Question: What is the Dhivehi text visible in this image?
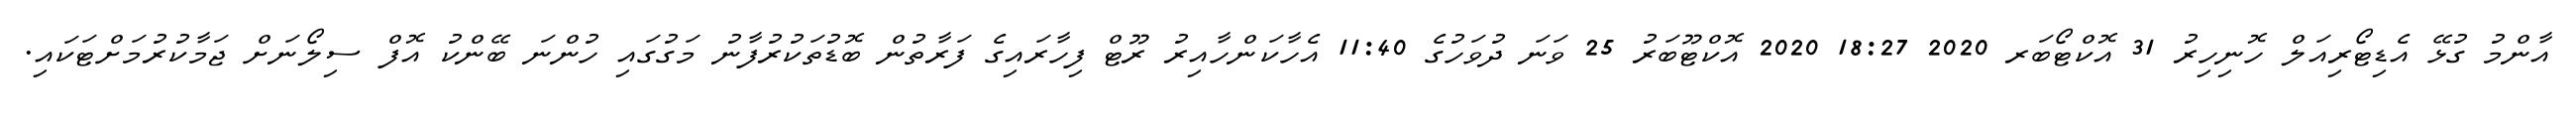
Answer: އާންމު ގުޅޭ އެޑިޓޯރިއަލް ހޮނިހިރު 31 އޮކްޓޯބަރ 2020 18:27 2020 އޮކްޓޫބަރު 25 ވަނަ ދުވަހުގެ 11:40 އެހާކަންހާއިރު ރޫޓް ފިހާރައިގެ ފަރާތުން ބޮޑުތަކުރުފާނު މަގުގައި ހުންނަ ބޭންކު އޮފް ސިލޯނަށް ޖަމާކުރުމަށްޓަކައި.